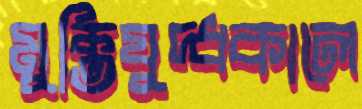
মুক্তিযুদ্ধকালে